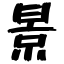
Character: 景